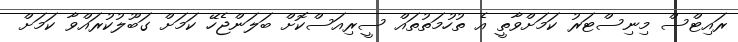
ރައިޓްސް މިނިސްޓަރު ކަމަށްވާތީ އެ ތުހުމަތުތައް ސީރިއަސްކޮށް ބަލަންޖެހޭ ކަމަށް ގަބޫލުކުރައްވާ ކަމަށް